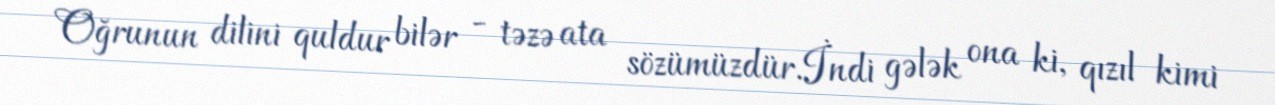
Oğrunun dilini quldur bilər - təzə ata sözümüzdür.İndi gələk ona ki, qızıl kimi